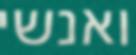
ואנשי